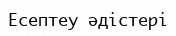
Есептеу әдістері